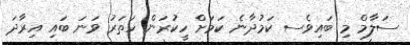
ސަލާމް މި ބައިވެސ ކަމުދާނެ ކަމަށް ހީކުރަން ހަތަރު ވަނަ ބައި އިރާދަ